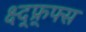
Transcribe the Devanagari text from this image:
क्ष्द्फ्र्फ्स